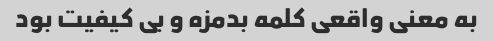
به معنی واقعی کلمه بدمزه و بی کیفیت بود